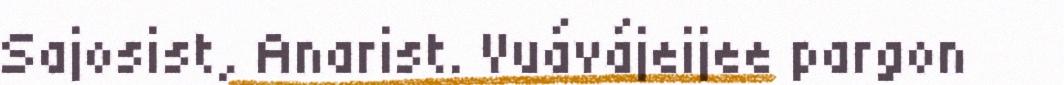
Sajosist, Anarist. Vuávájeijee pargon